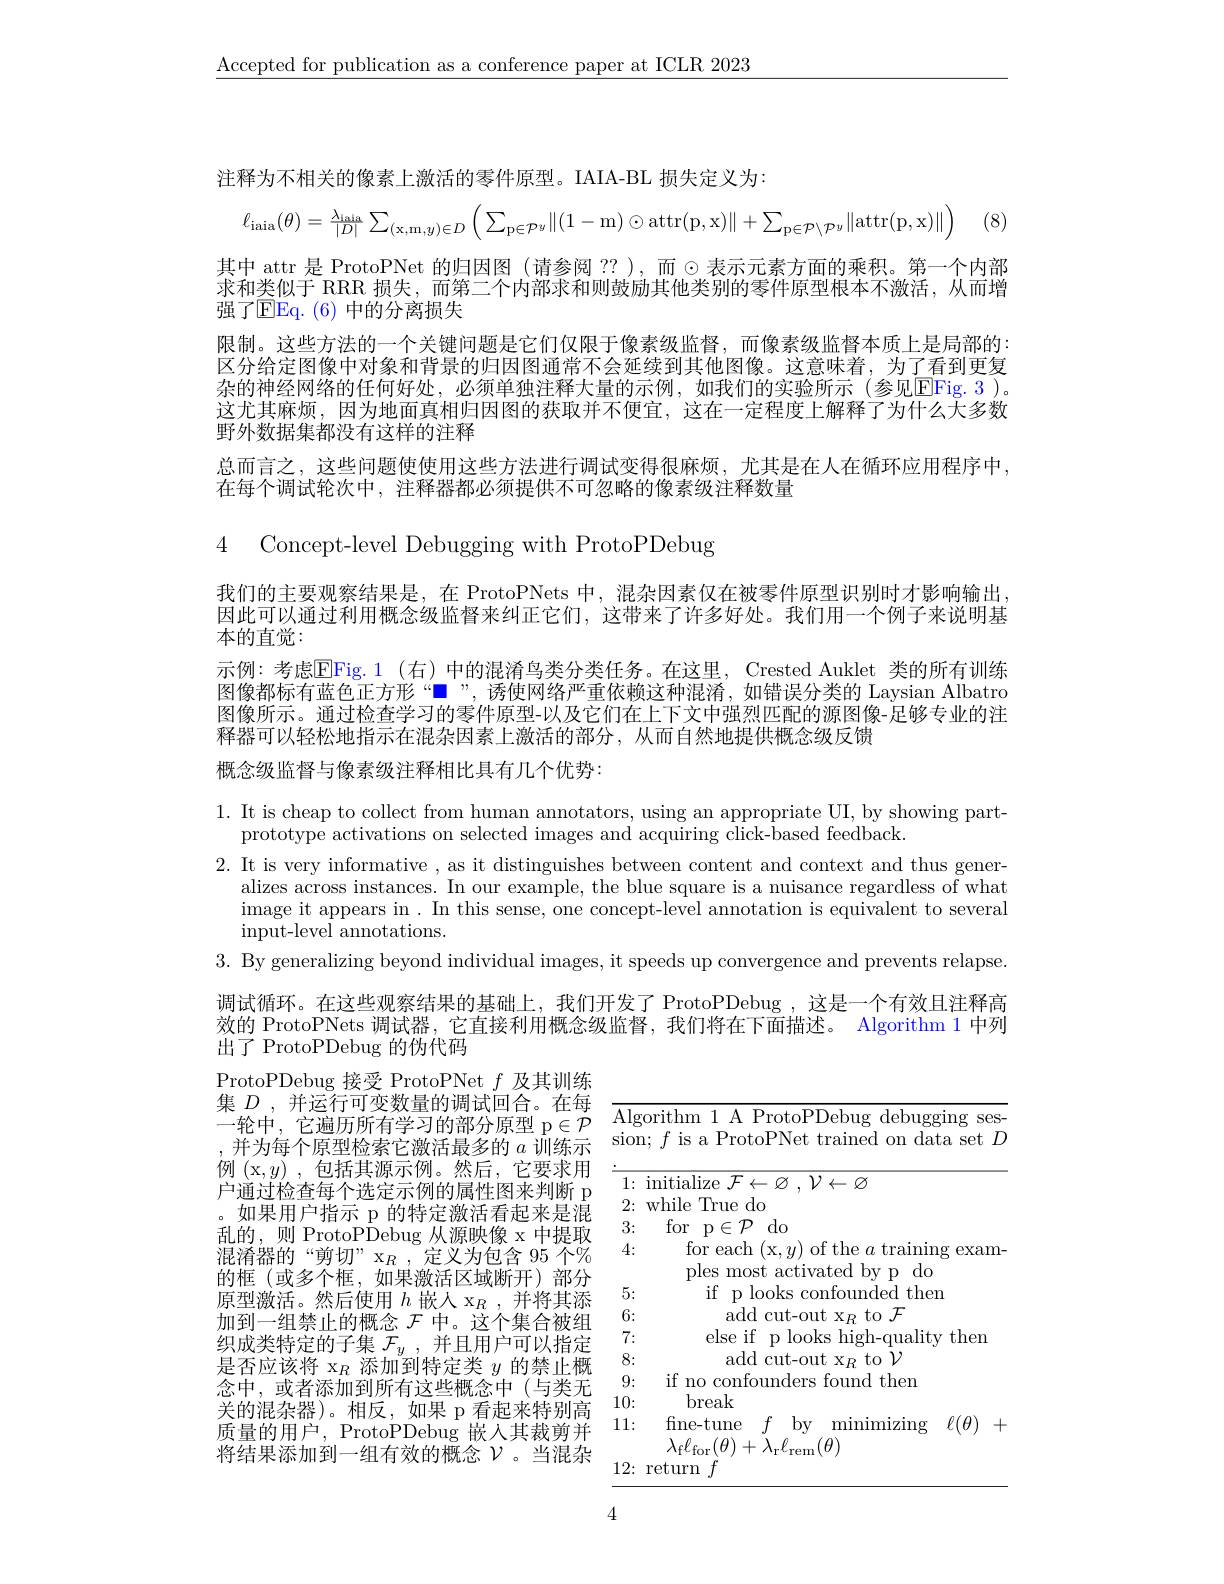
$\underline{\mathrm{Accepted~for~publication~as~a~conference~paper~at~ICLR~2023}}$

注释为不相关的像素上激活的零件原型。IAIA-BL 损失定义为：
$$\ell_{\mathrm{iaia}}(\theta)=\frac{\lambda_{\mathrm{iaia}}}{|D|}\sum_{(\mathrm{x},\mathrm{m},y)\in D}\left(\sum_{\mathrm{p}\in\mathcal{P}^{y}}\|(1-\mathrm{m})\odot\mathrm{attr}(\mathrm{p},\mathrm{x})\|+\sum_{\mathrm{p}\in\mathcal{P}\setminus\mathcal{P}^{y}}\|\mathrm{attr}(\mathrm{p},\mathrm{x})\|\right)$$
(8)

其中 attr 是 ProtoPNet 的归因图(请参阅 ??),而$\odot$表示元素方面的乘积。第一个内部求和类似于 RRRR 损失，而第二个内部求和则鼓励其他类别的零件原型根本不激活，从而增强了EEq. ( 6) 中的分离损失
限制。这些方法的一个关键问题是它们仅限于像素级监督，而像素级监督本质上是局部的： 区分给定图像中对象和背景的归因图通常不会延续到其他图像。这意味着，为了看到更复杂的神经网络的任何好处，必须单独注释大量的示例，如我们的实验所示(参见EFig. 3)。这尤其麻烦，因为地面真相归因图的获取并不便宜，这在一定程度上解释了为什么大多数野外数据集都没有这样的注释
总而言之，这些问题使使用这些方法进行调试变得很麻烦，尤其是在人在循环应用程序中，
在每个调试轮次中，注释器都必须提供不可忽略的像素级注释数量

4 ${\mathrm{Concept- level~Debugging~with~ProtoPDebug}}$

我们的主要观察结果是，在 ProtoPNets 中，混杂因素仅在被零件原型识别时才影响输出， 因此可以通过利用概念级监督来纠正它们，这带来了许多好处。我们用一个例子来说明基本的直觉：
示例：考虑$\boxed{\mathrm{Fig.1}}$ (右)中的混淆鸟类分类任务。在这里，Crested Auklet 类的所有训练图像都标有蓝色正方形““, 诱使网络严重依赖这种混淆，如错误分类的 Laysian Albatro 图像所示。通过检查学习的零件原型-以及它们在上下文中强烈匹配的源图像-足够专业的注释器可以轻松地指示在混杂因素上激活的部分，从而自然地提供概念级反馈
概念级监督与像素级注释相比具有几个优势：

1. It is cheap to collect from human annotators, using an appropriate UI, by showing part-
prototype activations on selected images and acquiring click-based feedback.
2. It is very informative , as it distinguishes between content and context and thus gener-
alizes across instances. In our example, the blue square is a nuisance regardless of what $\begin{array}{cc}\mathrm{image~it~appears~in~.~In~this~sense,~one~concept-level~annotation~is~equivalent~to~several}\\\end{array}$ ${\mathrm{input-level~annotations.}}$
3. By generalizing beyond individual images, it speeds up convergence and prevents relapse.

调试循环。在这些观察结果的基础上，我们开发了 ProtoPDebug ,这是一个有效且注释高

效的 ProtoPNets 调试器，它直接利用概念级监督，我们将在下面描述。Algorithm 1 中列

出了 ProtoPDebug 的伪代码

ProtoPDebug 接受 ProtoPNet $f$及其训练集$D$,并运行可变数量的调试回合。在每一轮中，它遍历所有学习的部分原型 p$\in\mathcal{P}$ ,并为每个原型检索它激活最多的 $a$ 训练示例 (x,y) ,包括其源示例。然后，它要求用户通过检查每个选定示例的属性图来判断 p
如果用户指示 p 的特定激活看起来是混乱的，则 ProtoPDebug 从源映像 x 中提取混淆器的“剪切” x$_R$,定义为包含 95 个% 的框(或多个框，如果激活区域断开)部分原型激活。然后使用$h$嵌入 x$_R$,并将其添加到一组禁止的概念$\mathcal{F}$中。这个集合被组织成类特定的子集$\mathcal{F}_y$,并且用户可以指定是否应该将$\mathrm x_R$添加到特定类$y$的禁止概念中，或者添加到所有这些概念中(与类无关的混杂器)。相反，如果 p 看起来特别高质量的用户，ProtoPDebug 嵌入其裁剪并将结果添加到一组有效的概念$\mathcal{V}$。当混杂

<table>
	<tbody>
		<tr>
			<td>$\overline{\mathrm{Alg}}$ $\dot{\mathrm{sion}}$</td>
			<td>rithm 1 A ProtoPDebug debugging ses- $f$ is a ProtoPNet trained on data set $D$</td>
		</tr>
		<tr>
			<td>2:</td>
			<td>${\mathrm{while~True~do}}$</td>
		</tr>
		<tr>
			<td>3:</td>
			<td>for p$\in\mathcal{P}$ $\mathop{\mathrm{do}}$</td>
		</tr>
		<tr>
			<td>4:</td>
			<td>for each (x,y) of the $a$ training exam- $a|_{\mathrm{PG}}$ most $\because\epsilon$ ar ctivater hr</td>
		</tr>
		<tr>
			<td>5:</td>
			<td>if p looks confounded then</td>
		</tr>
		<tr>
			<td>6:</td>
			<td>add $c_{11}t_{-0}$ $t_{0}\mathcal{F}$ 1111 $\mathbf{X}\boldsymbol{T}$</td>
		</tr>
		<tr>
			<td>7:</td>
			<td>else $\because$if $|00ks$ hior llalitv ${\textbf{then}}$ $\Upsilon D$</td>
		</tr>
		<tr>
			<td>8:</td>
			<td>add cut- out $_{8}$to $\mathcal{V}$ $XR$</td>
		</tr>
		<tr>
			<td>9:</td>
			<td>if f no found then</td>
		</tr>
		<tr>
			<td>10:</td>
			<td>break</td>
		</tr>
		<tr>
			<td>11:   </td>
			<td>fine-tune $\operatorname*{inimizing}$ $\ell(\theta)$ 7 $bv$ $(\theta)+\lambda$</td>
		</tr>
		<tr>
			<td>12:</td>
			<td>eturn</td>
		</tr>
	</tbody>
</table>

4